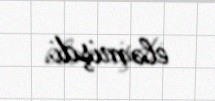
eləmişdi.